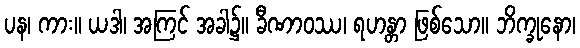
ပန၊ ကား။ ယဒါ၊ အကြင် အခါ၌။ ခီဏာဝဿ၊ ရဟန္တာ ဖြစ်သော။ ဘိက္ခုနော၊